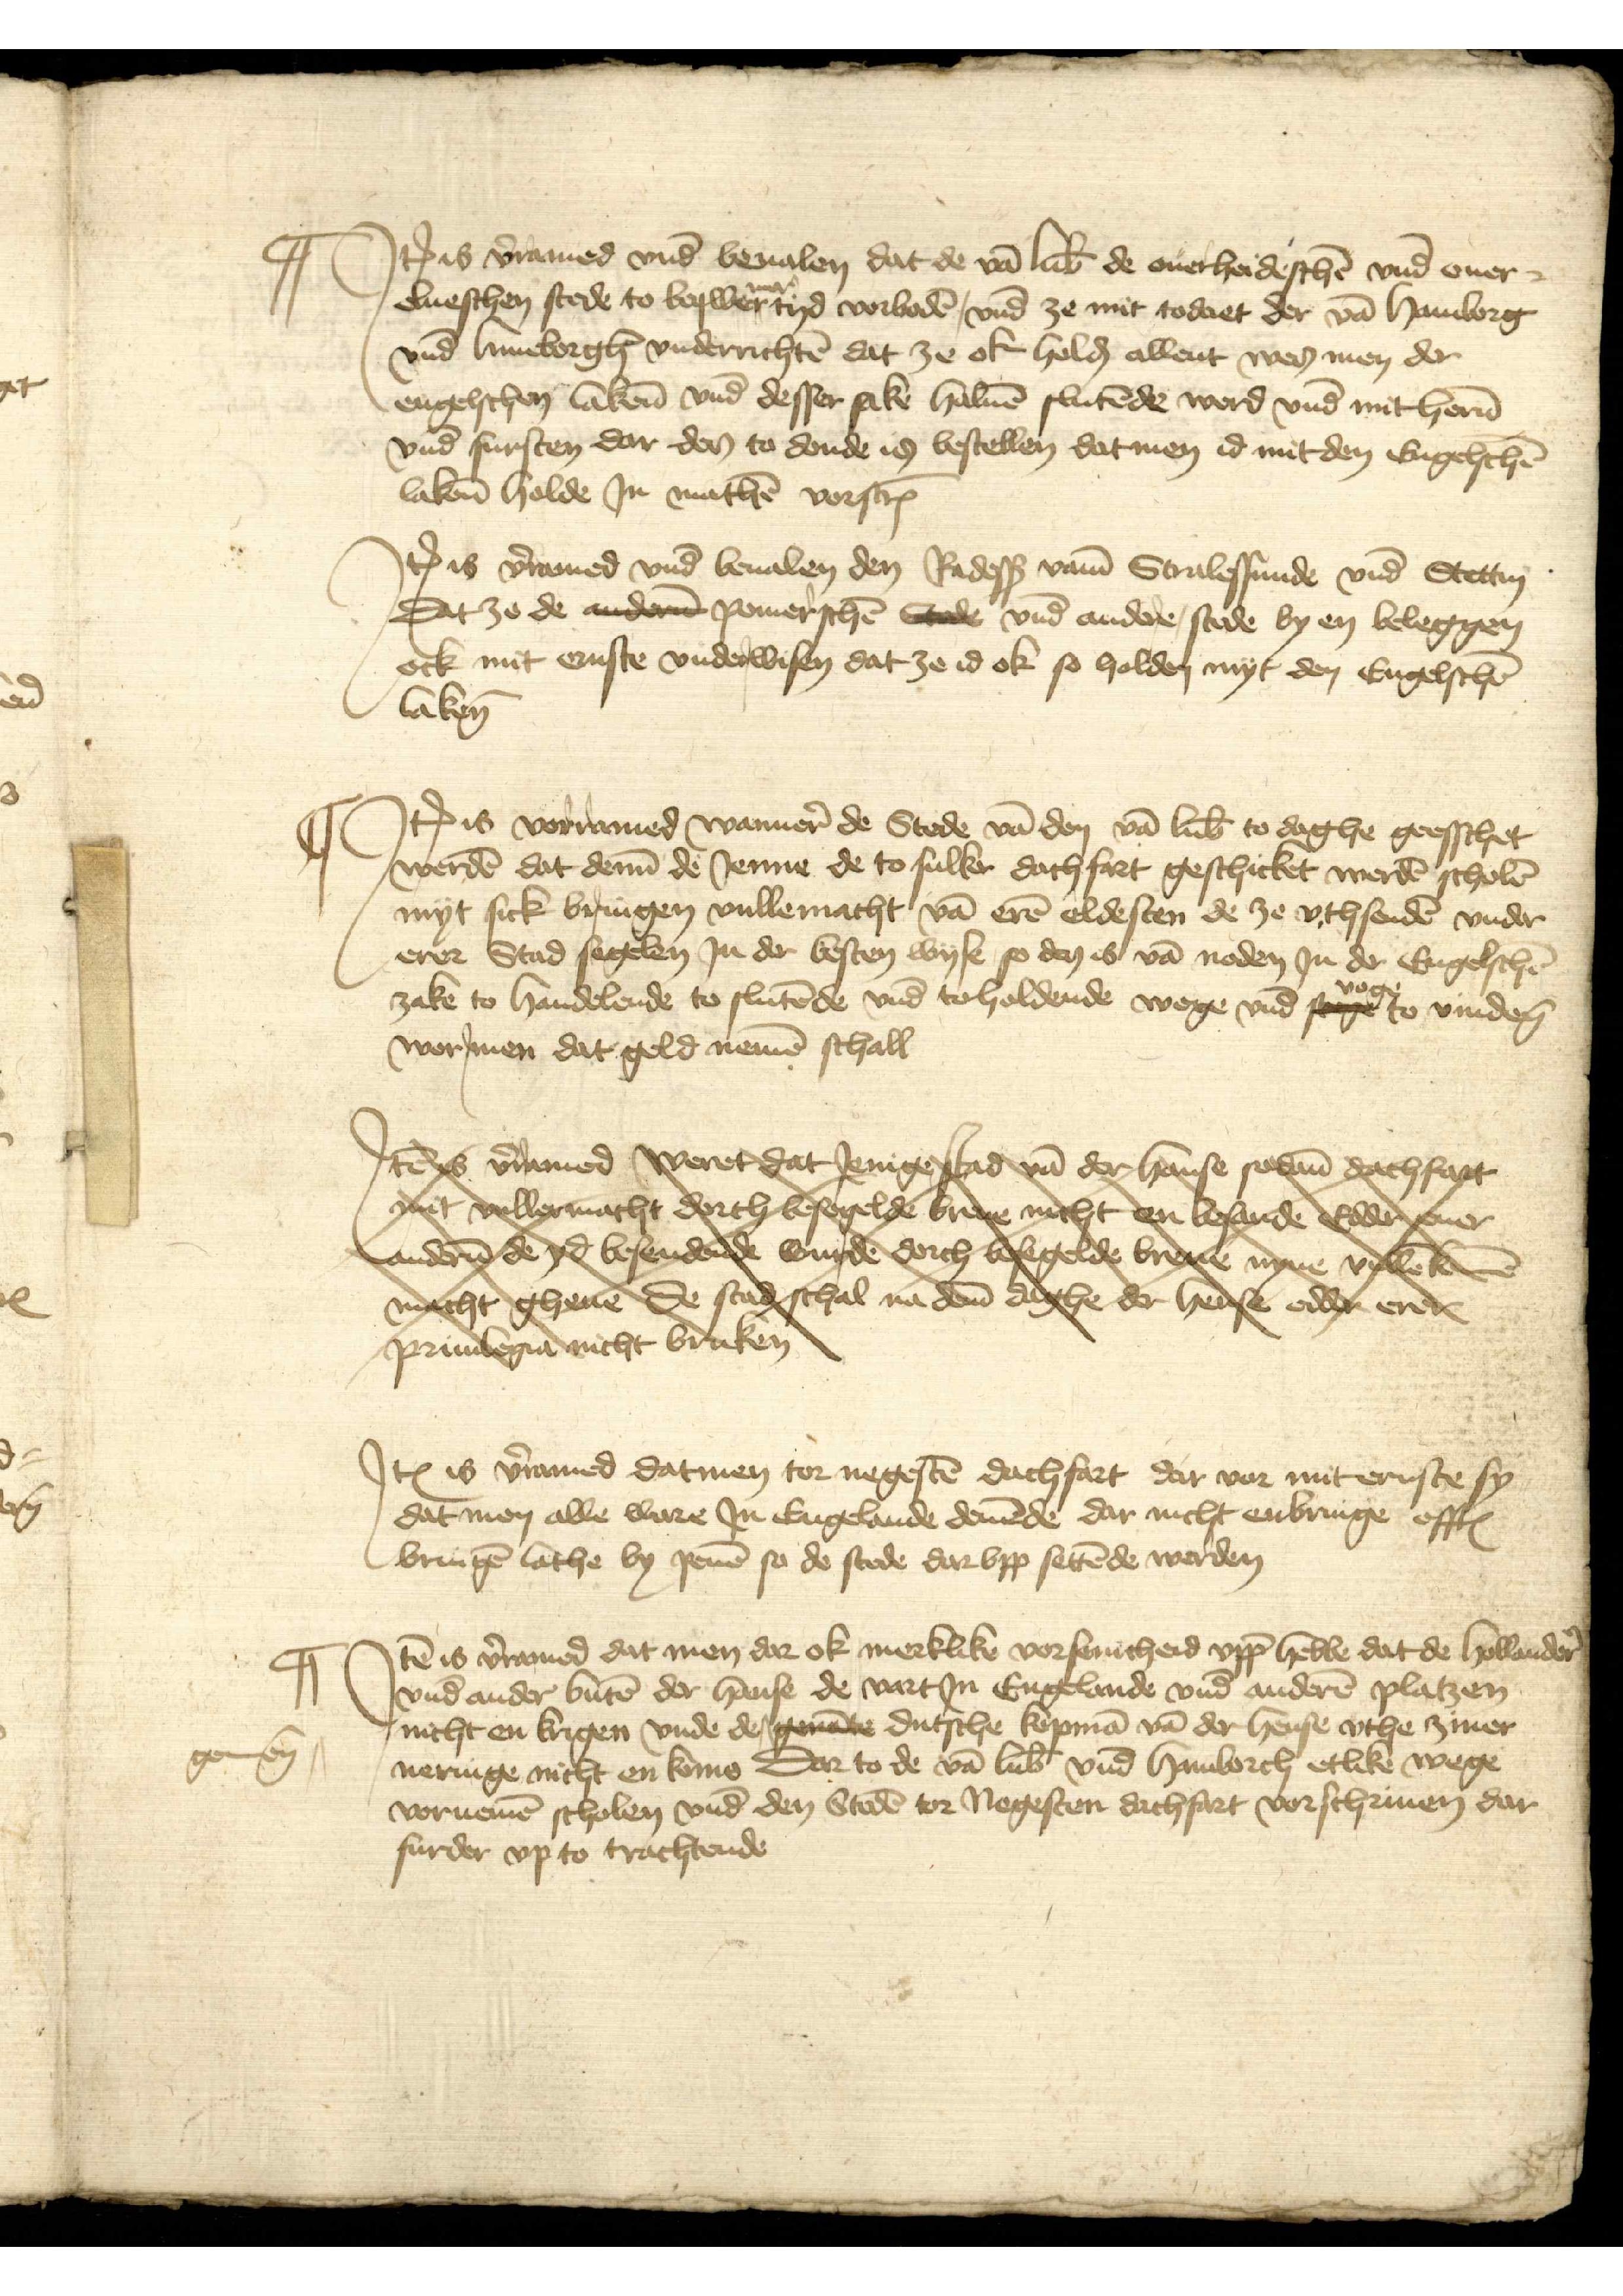
Jtem is vorramed vnd beualen dat de van Lubeke de ouerheideschen vnd ouer¬
elueschen stede to beqwemer tyd vorboden vnd ze mit todaet der van Hamborg
vnd Luneborgh vnderrichten dat ze ok holden allent wes men der
engelschen lakene vnd desser sake haluen slutende werd vnd mit heren
vnd fursten dar des to donde is bestellen dat men id mit den Engelschen
lakenen holde Jn mathen vorscreuen

Jtem is vorramed vnd beualen den Radessendeboden vamme Stralessunde vnd Stettin
Dat ze de anderen pomerschen Stede vnd andere stede by en beleggen
ock mit ernste vnderwisen dat ze id ok so holden myt den Engelschen
lakene

Jtem is vorramed wannere de Stede van den van Lubeke to daghe geesschet
werden dat denne de Jenne de to sulker dachfart geschicket werden scholen
myt sick bringen vullemacht van eren oldesten de ze vthsenden vnder
erer Stad segelen Jn der besten wyse so des is van noden Jn der Engelschen
zake to handelende to slutende vnd toholdende wege vnd voge to vinderen
wor men dat geld nemen schall

Itemes vrmed Weret dat Jenige Rad van der hanse so dame dachfopt
Det vellermacht dorth besegelde brenne nicht vn besanden ddden euer
landeen de ys besenderde wurden dorch tesegelde byden nyne vken de
mecht gheuen de stadeschal na deme danghe de hense ecbht erende
priuilegia nicht braken

Jtem is vorramed datmen tor negesten dachfart dar vor mit ernste sy
dat men alle ware Jn Engelande demende dar nicht enbringen offtes
bringen lathe by penen so de stede darvpp settende werden

Jtem is vorramed dat men dar ok merklike vorsenicheid vppe hebbe dat de hollandere
vnd ander buten der hanse de vart Jn Engelande vnd anderen platzen
nicht en krigen vnde de ^gende dutsche kopman van der hense vthe ziner
neringe nicht en kome Dar to de van Lubek vnd Hamborch etlike wege
vornemen scholen vnd den Steden tor Negesten dachfart vorschriuen dar
furder vp to trachtende

gemenen